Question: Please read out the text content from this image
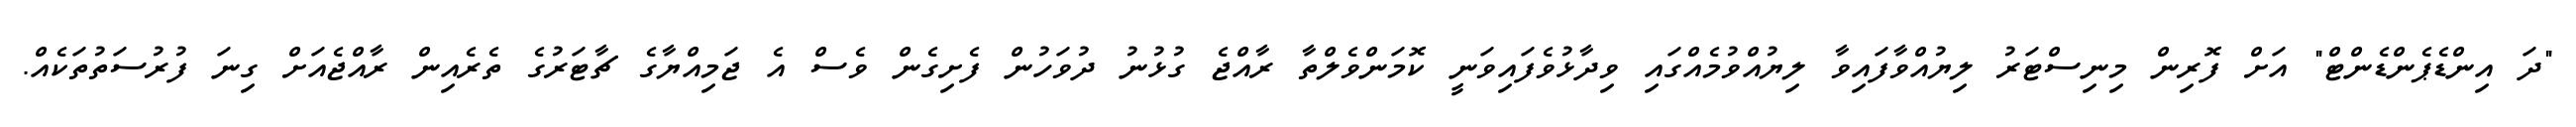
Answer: "ދަ އިންޑެޕެންޑެންޓް" އަށް ފޮރިން މިނިސްޓަރު ލިޔުއްވާފައިވާ ލިޔުއްވުމެއްގައި ވިދާޅުވެފައިވަނީ ކޮމަންވެލްތާ ރާއްޖެ ގުޅުނު ދުވަހުން ފެށިގެން ވެސް އެ ޖަމިއްޔާގެ ޗާޓަރުގެ ތެރެއިން ރާއްޖެއަށް ގިނަ ފުރުސަތުތަކެއް.